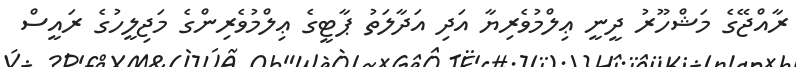
ރާއްޖޭގެ މަޝްހޫރު ދީނީ ޢިލްމުވެރިޔާ އަދި އަދާލަތު ޕާޓީގެ ޢިލްމުވެރިންގެ މަޖިލީހުގެ ރައީސް